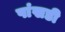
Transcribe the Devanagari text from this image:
पांखडी